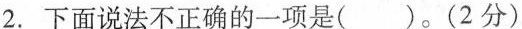
2. 下面说法不正确的一项是( )。(2分)